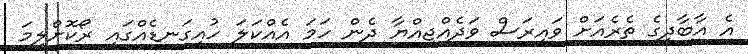
އެ އާބާދީގެ ތެރެއަށް ވައިރަސް ވަދެއްޖިއްޔާ ދެން ހަމަ އެއްކަލަ ހުއިގަނޑެއްގައި ރޯކޮށްލީމަ